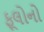
ફૂલોનો